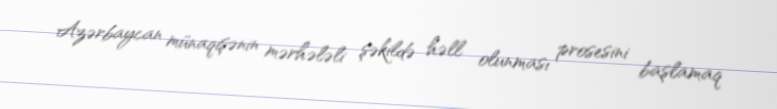
Azərbaycan münaqişənin mərhələli şəkildə həll olunması prosesini başlamaq